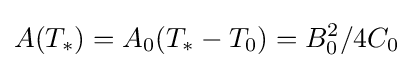
A(T_{*})=A_{0}(T_{*}-T_{0})=B_{0}^{2}/4C_{0}